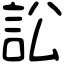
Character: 訟